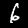
Digit: 6